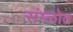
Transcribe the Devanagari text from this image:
संग्लोत